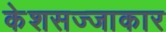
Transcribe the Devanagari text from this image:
केशसज्जाकार